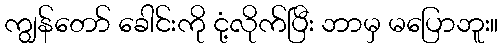
ကျွန်တော် ခေါင်းကို ငုံ့လိုက်ပြီး ဘာမှ မပြောဘူး။